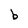
Character: b